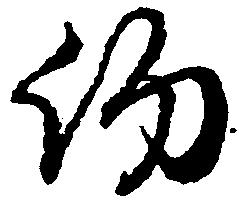
約